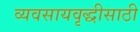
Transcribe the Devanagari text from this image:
व्यवसायवृद्धीसाठी